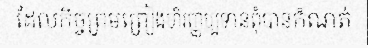
ដែលកិច្ចព្រមព្រៀងហិរញ្ញប្បទានពុំបានកំណត់